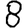
Digit: 8